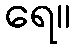
ရေ။